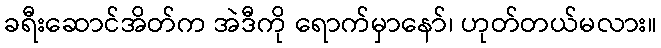
ခရီးဆောင်အိတ်က အဲဒီကို ရောက်မှာနော်၊ ဟုတ်တယ်မလား။